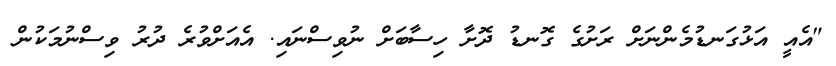
"އެއީ އަޅުގަނޑުމެންނަށް ރަށުގެ ގޮނޑު ދޮށާ ހިސާބަށް ނުވިސްނައި. އެއަށްވުރެ ދުރު ވިސްނުމަކުން